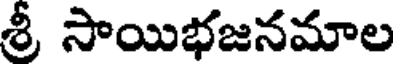
శ్రీ సాయిభజనమాల